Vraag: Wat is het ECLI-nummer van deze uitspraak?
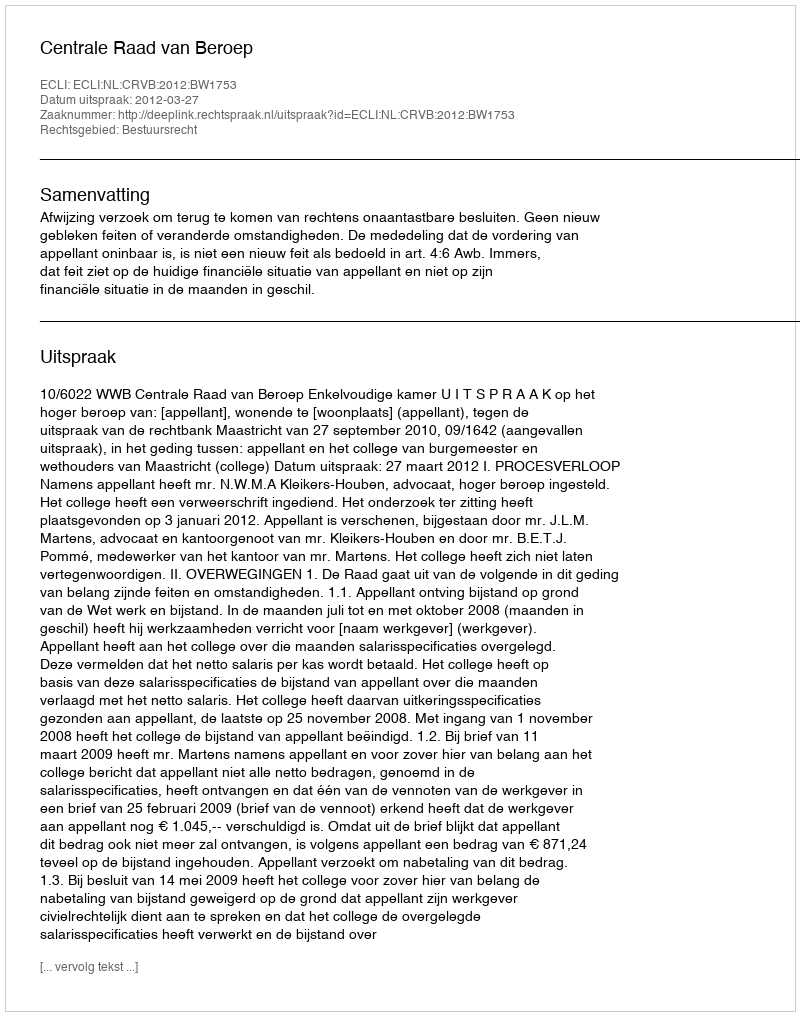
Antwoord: ECLI:NL:CRVB:2012:BW1753